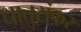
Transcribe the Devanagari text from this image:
धातुसंकर